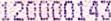
120000143